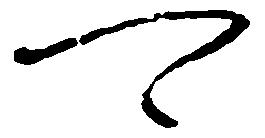
可